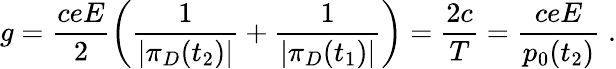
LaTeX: g=\frac{ceE}{2}\left(\frac{1}{|\pi_{D}(t_{2})|}+\frac{1}{|\pi_{D}(t_{1})|}\right)=\frac{2c}{T}=\frac{ceE}{p_{0}(t_{2})}\; .